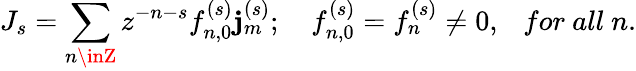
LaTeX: J_{s}=\sum_{n\inZ}z^{-n-s}f_{n,0}^{(s)}\mathbf{j}_{m}^{(s)};\ \ \ \ f_{n,0}^{(s)}=f_{n}^{(s)}\neq0,\ \ \ for\ all\ n.